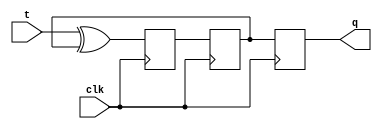
module t_ff(
    input wire clk,
    input wire t,
    output reg q
);

reg d1, d2;

always @(posedge clk) begin
    d1 <= t ^ d2; // Toggle the input signal based on the second flip-flop's output
end

always @(negedge clk) begin
    d2 <= d1;
    q <= d2; // Output the state captured by the second flip-flop
end

endmodule